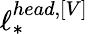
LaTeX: \ell_{*}^{head,\left[V\right]}